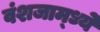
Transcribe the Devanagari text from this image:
वंशजाम्ध्ये